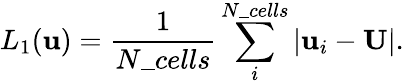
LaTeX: L_{1}(\mathbf{u})=\frac{1}{N\_ {cells}}\sum_{i}^{N\_ {cells}}|\mathbf{u}_{i}-\mathbf{U}|.